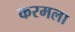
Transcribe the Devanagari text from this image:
करमला